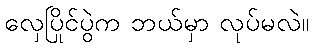
လှေပြိုင်ပွဲက ဘယ်မှာ လုပ်မလဲ။